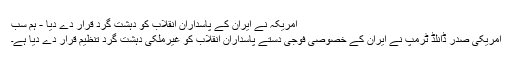
امریکہ نے ایران کے پاسداران انقلاب کو دہشت گرد قرار دے دیا - ہم سب
امریکی صدر ڈانلڈ ٹرمپ نے ایران کے خصوصی فوجی دستے پاسداران انقلاب کو غیرملکی دہشت گرد تنظیم قرار دے دیا ہے۔